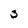
Character: 3